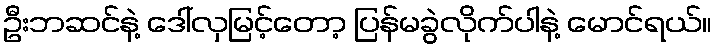
ဦးဘဆင်နဲ့ ဒေါ်လှမြင့်တော့ ပြန်မခွဲလိုက်ပါနဲ့ မောင်ရယ်။